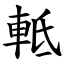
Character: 軧